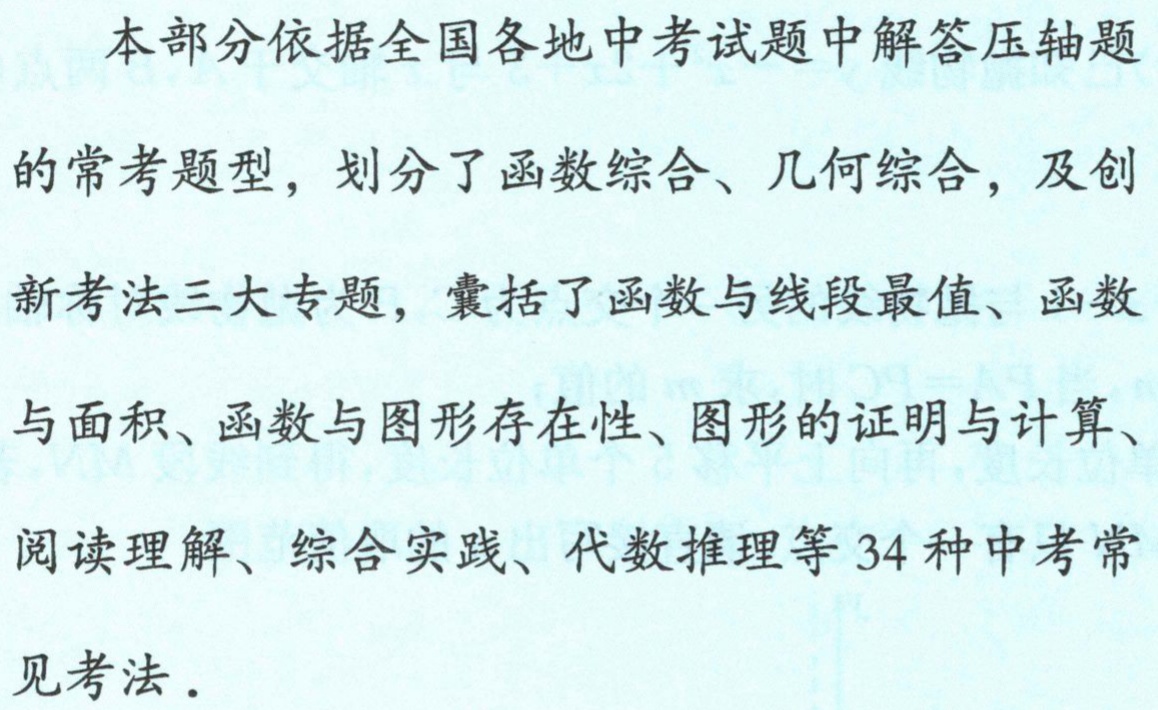
本部分依据全国各地中考试题中解答压轴题

的常考题型，划分了函数综合、几何综合，及创

新考法三大专题，囊括了函数与线段最值、函数

与面积、函数与图形存在性、图形的证明与计算、

阅读理解、综合实践、代数推理等 34 种中考常

见考法．